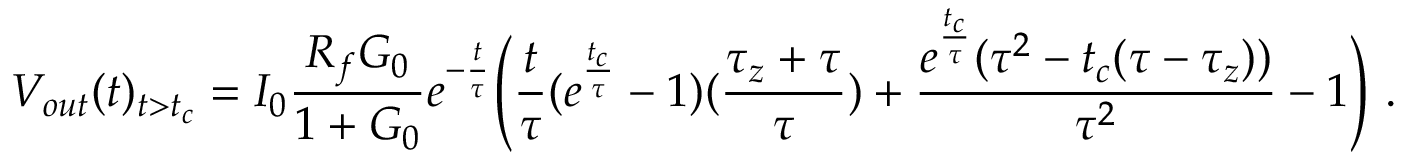
V _ { o u t } ( t ) _ { t > t _ { c } } = I _ { 0 } \frac { R _ { f } G _ { 0 } } { 1 + G _ { 0 } } e ^ { - \frac { t } { \tau } } \Bigg ( \frac { t } { \tau } ( e ^ { \frac { t _ { c } } { \tau } } - 1 ) ( \frac { \tau _ { z } + \tau } { \tau } ) + \frac { e ^ { \frac { t _ { c } } { \tau } } ( \tau ^ { 2 } - t _ { c } ( \tau - \tau _ { z } ) ) } { \tau ^ { 2 } } - 1 \Bigg ) ~ .